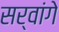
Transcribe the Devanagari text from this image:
सर्वांगे